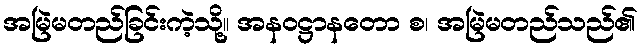
အမြဲမတည်ခြင်းကဲ့သို့။ အနဝဋ္ဌာနတော စ၊ အမြဲမတည်သည်၏